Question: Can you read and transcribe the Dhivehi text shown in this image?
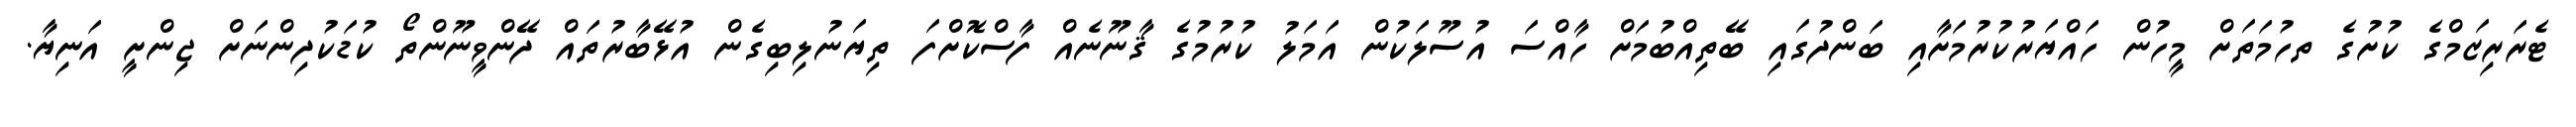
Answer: ޓެރަރިޒަމްގެ ކުށުގެ ތހުމަތަށް މީހުން ހައްޔަރުކުރުމަށާއި ބަންދުގައި ބޭތިއްބުމަށް ހާއްސަ އުސޫލަކުން އަމަލު ކުރުމުގެ ޤާނޫނެއް ފާސްކޮށްފަ ތިޔަނުލިބިގެން އުޅޭބާރުތައް ދޭންވީނޫންތޯ ކުޑަކުދިންނަށް ޖިންށީ އަނިޔާ.